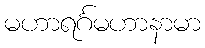
မဟာရင်္ဂမဟာနာမာ